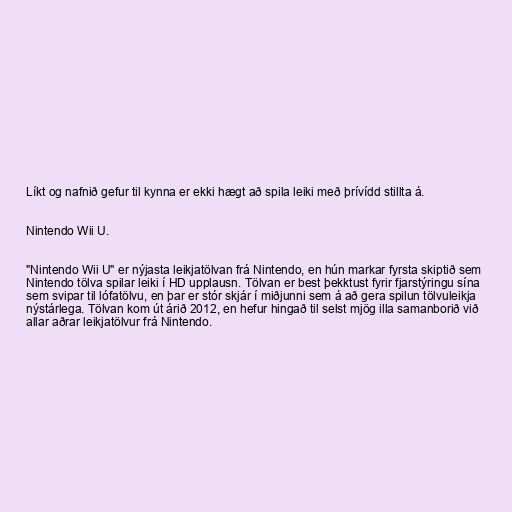
Líkt og nafnið gefur til kynna er ekki hægt að spila leiki með þrívídd stillta á.

Nintendo Wii U.

"Nintendo Wii U" er nýjasta leikjatölvan frá Nintendo, en hún markar fyrsta skiptið sem
Nintendo tölva spilar leiki í HD upplausn. Tölvan er best þekktust fyrir fjarstýringu sína
sem svipar til lófatölvu, en þar er stór skjár í miðjunni sem á að gera spilun tölvuleikja
nýstárlega. Tölvan kom út árið 2012, en hefur hingað til selst mjög illa samanborið við
allar aðrar leikjatölvur frá Nintendo.